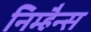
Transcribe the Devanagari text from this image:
निम्हैन्स